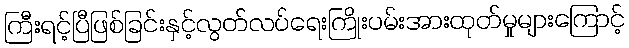
ကြီးရင့်ပြီဖြစ်ခြင်းနှင့်လွတ်လပ်ရေးကြိုးပမ်းအားထုတ်မှုများကြောင့်